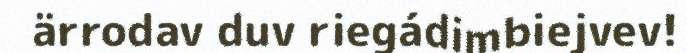
ärrodav duv riegádimbiejvev!